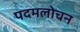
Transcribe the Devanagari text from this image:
पदमलोचन